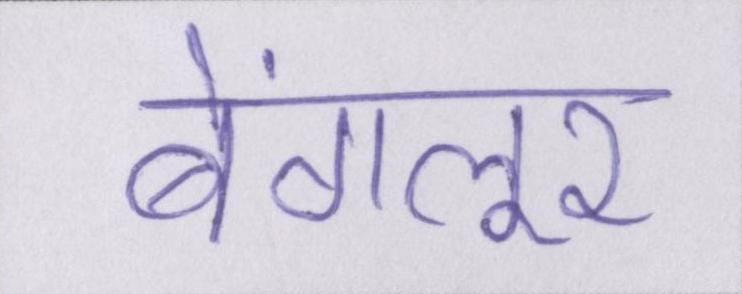
बेंगलूर